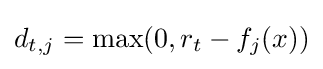
d_{t,j}=\max(0,r_{t}-f_{j}(x))